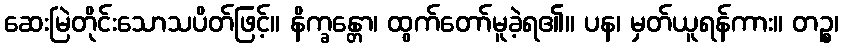
ဆေးမြဲတိုင်းသောသပိတ်ဖြင့်။ နိက္ခန္တော၊ ထွက်တော်မူခဲ့ရ၏။ ပန၊ မှတ်ယူရန်ကား။ တဉ္စ၊